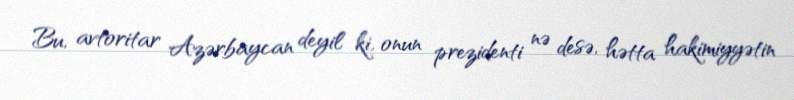
Bu, avtoritar Azərbaycan deyil ki, onun prezidenti nə desə, hətta hakimiyyətin